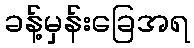
ခန့်မှန်းခြေအရ